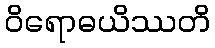
ဝိရောဓယိဿတိ